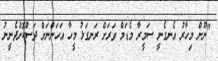
"ނޫން މިހާރު އެނގެނީ ސަމީރާ މެޑަމް ވަރަށް ރަނގަޅު މީހާ އަހަންނަށް ދަސްކޮށްދެނީނު